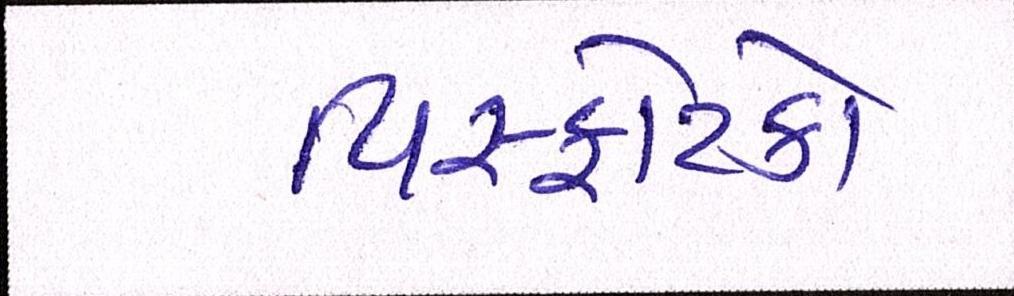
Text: વિસ્ફોટકો